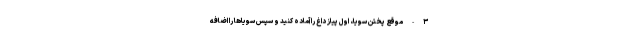
۳-موقع پختن سویا، اول پیاز داغ را آماده کنید و سپس سویا‌ها را اضافه